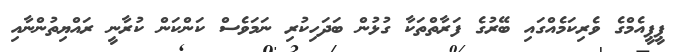
ޕީޕީއެމްގެ ވެރިކަމެއްގައި ބޭރުގެ ފަރާތްތަކާ ގުޅުން ބަދަހިކުރި ނަމަވެސް ކަންކަން ކުރާނީ ރައްޔިތުންނާއި